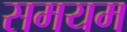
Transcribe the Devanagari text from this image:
समयम